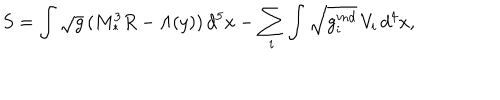
S = \int \sqrt { g } \, ( M _ { * } ^ { 3 } R - \Lambda ( y ) ) \, d ^ { 5 } x - \sum _ { i } \int \sqrt { g _ { i } ^ { i n d } } \, V _ { i } \, d ^ { 4 } x ,